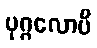
ပုဂ္ဂလောပိ